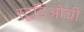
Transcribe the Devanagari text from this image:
स्टूडिओची